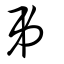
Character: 弔